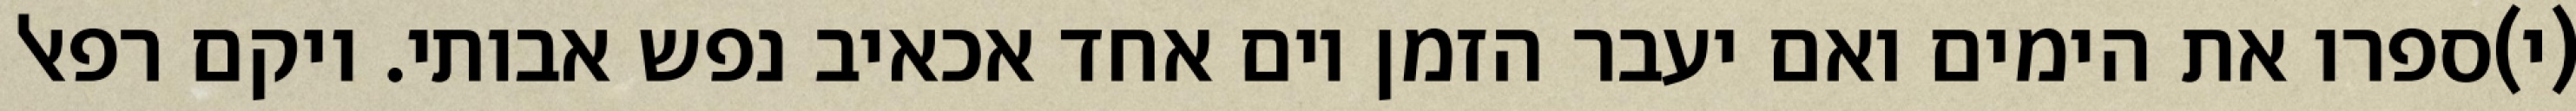
(י)ספרו את הימים ואם יעבר הזמן יום אחד אכאיב נפש אבותי. ויקם רפאל